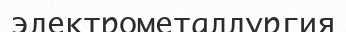
электрометаллургия